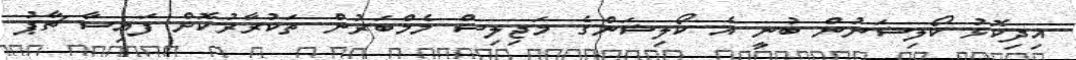
އިދިކޮޅު ކޯލިޝަނުން ބުނީ އެ ކޯލިޝަންގެ މަޖިލިސް މެމްބަރުން ތަކުރާރުކޮށް ފައިސާ ޗާޕު